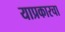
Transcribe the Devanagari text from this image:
याप्रकारचा